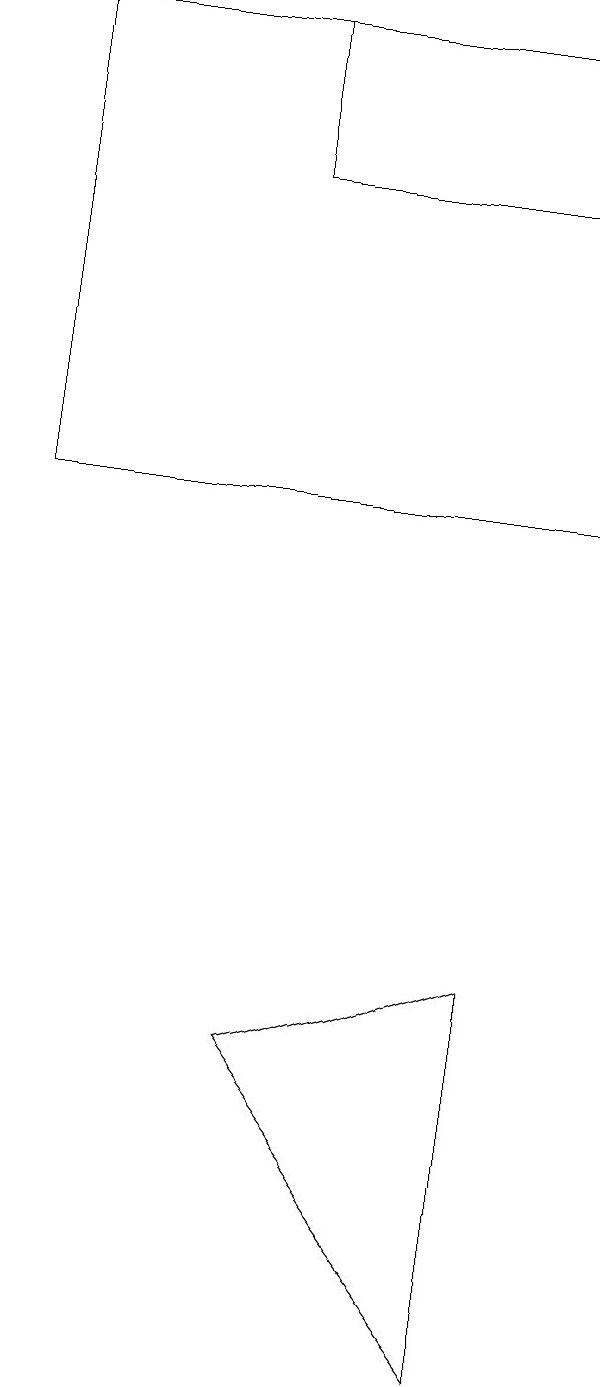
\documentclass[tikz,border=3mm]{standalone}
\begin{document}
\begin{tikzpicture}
\draw (8,1) -- (5,5) -- (8,6) -- cycle;
\draw (2,18) rectangle (9,12);
\draw (9,16) rectangle (5,18);
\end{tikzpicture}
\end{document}